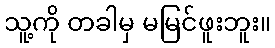
သူ့ကို တခါမှ မမြင်ဖူးဘူး။